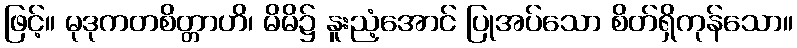
ဖြင့်။ မုဒုကတစိတ္တာဟိ၊ မိမိ၌ နူးညံ့အောင် ပြုအပ်သော စိတ်ရှိကုန်သော။